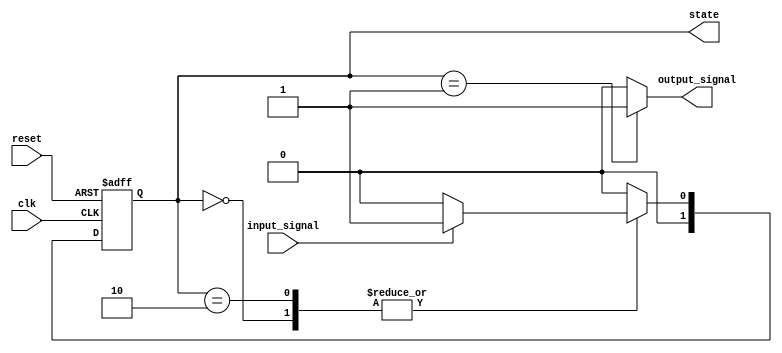
module moore_fsm (
    input wire clk,              // Clock signal
    input wire reset,            // Asynchronous reset
    input wire input_signal,      // Input signal for state transitions
    output reg [1:0] state,      // Current state (2 bits for 3 states)
    output reg output_signal      // Output signal based on current state
);

// State encoding
localparam S0 = 2'b00; // State 0
localparam S1 = 2'b01; // State 1
localparam S2 = 2'b10; // State 2

// State transition logic
always @(*) begin
    case (state)
        S0: begin
            if (input_signal)
                state_next = S1; // Transition to S1
            else
                state_next = S0; // Stay in S0
        end
        S1: begin
            if (input_signal)
                state_next = S2; // Transition to S2
            else
                state_next = S0; // Transition back to S0
        end
        S2: begin
            if (input_signal)
                state_next = S1; // Transition back to S1
            else
                state_next = S0; // Transition back to S0
        end
        default: state_next = S0; // Default to S0
    endcase
end

// State register
always @(posedge clk or posedge reset) begin
    if (reset)
        state <= S0; // Initialize to S0 on reset
    else
        state <= state_next; // Update state on clock edge
end

// Output logic based on current state (Moore machine)
always @(*) begin
    case (state)
        S0: output_signal = 1'b0; // Output for state S0
        S1: output_signal = 1'b1; // Output for state S1
        S2: output_signal = 1'b0; // Output for state S2
        default: output_signal = 1'b0; // Default output
    endcase
end

endmodule